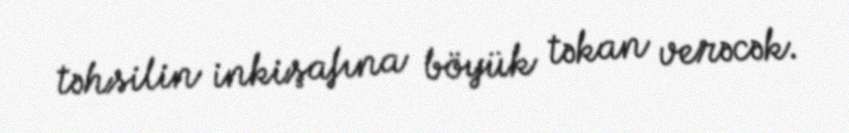
təhsilin inkişafına böyük təkan verəcək.